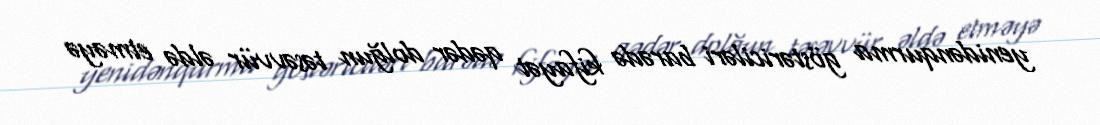
yenidənqurma göstəriciləri barədə kifayət qədər dolğun təsəvvür əldə etməyə